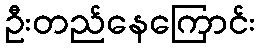
ဦးတည်နေကြောင်း